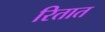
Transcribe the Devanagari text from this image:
रितात